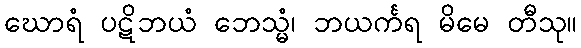
ဃောရံ ပဋိဘယံ ဘေသ္မံ၊ ဘယင်္ကရ မိမေ တီသု။